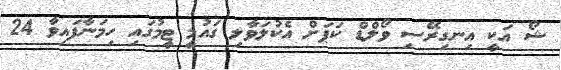
ޝޯ އަކީ އިނގިރޭސި ވޯލްޑް ކަޕަށް އެކުލަވާލި ގައުމީ ޓީމުގައި ހިމަނާފައިވާ 24